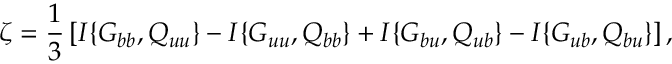
\zeta = \frac { 1 } { 3 } \left[ { I \{ { G _ { b b } , Q _ { u u } } \} - I \{ { G _ { u u } , Q _ { b b } } \} + I \{ { G _ { b u } , Q _ { u b } } \} - I \{ { G _ { u b } , Q _ { b u } } \} } \right] ,